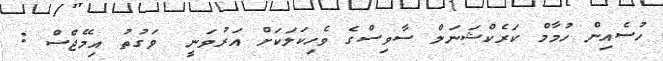
ހުސެއިން ހުމާމް ކަރެކްޝަނަލް ސާވިސްގެ ވެހިކަލަކަށް އަރުވަނީ  ވަގުތު އިމޭޖްސް :